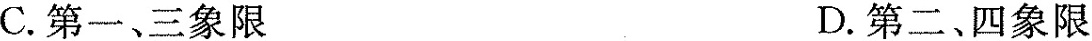
C.第一、三象限 D.第二、四象限